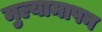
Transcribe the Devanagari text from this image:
मुल्यामापन